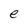
Character: e